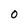
Character: 0